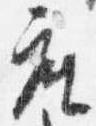
座